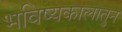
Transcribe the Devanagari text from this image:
भविष्यकालातुन